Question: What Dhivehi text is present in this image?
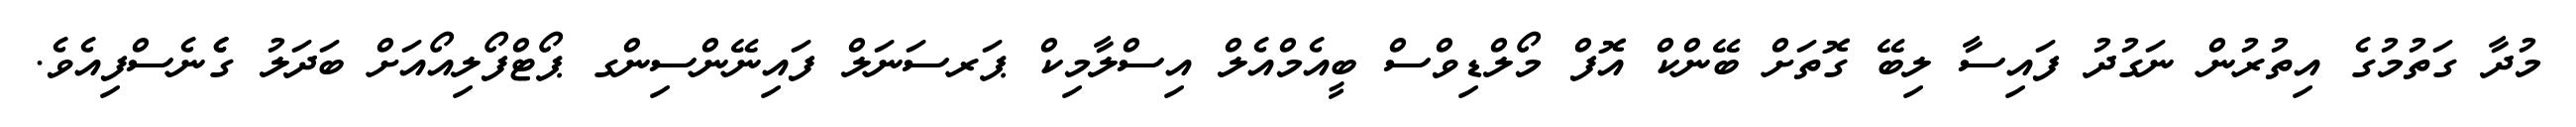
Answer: މުދާ ގަތުމުގެ އިތުރުން ނަގުދު ފައިސާ ލިބޭ ގޮތަށް ބޭންކް އޮފް މޯލްޑިވްސް ބީއެމްއެލް އިސްލާމިކް ޕަރސަނަލް ފައިނޭންސިންގ ޕޯޓްފޯލިއޯއަށް ބަދަލު ގެެނެސްފިއެވެ.